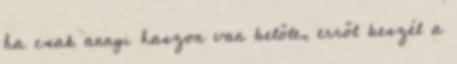
ha csak annyi haszon van belőle, erről beszél a